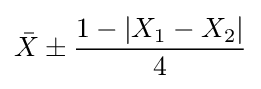
{\bar {X}}\pm {\frac {1-|X_{1}-X_{2}|}{4}}